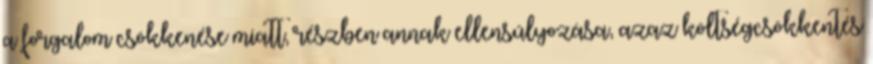
a forgalom csökkenése miatt, részben annak ellensúlyozása, azaz költségcsökkentés